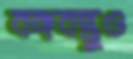
বঙ্গবন্ধুও